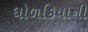
ધોળકિયાની